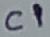
Text: C1